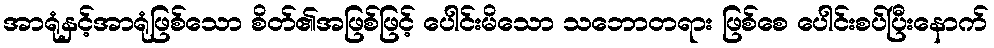
အာရုံနှင့်အာရုံဖြစ်သော စိတ်၏အဖြစ်ဖြင့် ပေါင်းမိသော သဘောတရား ဖြစ်စေ ပေါင်းစပ်ပြီးနောက်